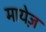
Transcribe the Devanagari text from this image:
मायेज़